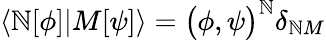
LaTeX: \langle\mathbb{N}[\phi]|M[\psi]\rangle=\bigl(\phi,\psi\bigr)^{\mathbb{N}}\delta_{\mathbb{N}M}